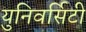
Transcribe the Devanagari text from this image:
युनिवर्सिटी